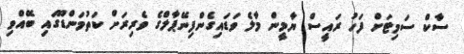
ސާކް ސަމިޓަށް ފަހު ރައީސް ޔާމީން މާލެ ވަޑައިގެންފިނޭޕާލްގެ ވެރިރަށް ކަތުމަންޑޫގައި ބޭއްވި